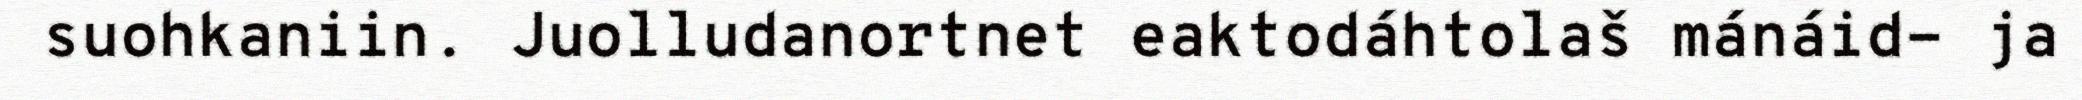
suohkaniin. Juolludanortnet eaktodáhtolaš mánáid- ja